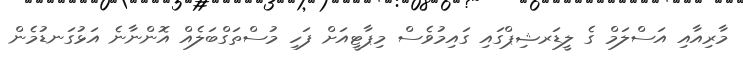
މާރިއާއި އަސްލަމް ގެ ލީޑަރޝިޕްގައި ގައިމުވެސް މިޕާޓީއަށް ފަހި މުސްތަގްބަލެއް އޮންނާނެ އަޅުގަނޑުމެން